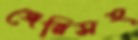
জেরিসহ